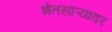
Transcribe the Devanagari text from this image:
शेतसाऱ्यावर